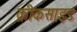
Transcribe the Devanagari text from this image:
क्रीकसाइड